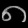
Digit: ၈